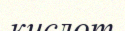
кислот